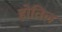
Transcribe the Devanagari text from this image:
होतिल